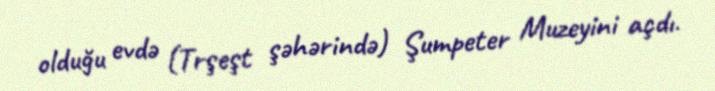
olduğu evdə (Trşeşt şəhərində) Şumpeter Muzeyini açdı.